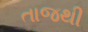
તાજથી